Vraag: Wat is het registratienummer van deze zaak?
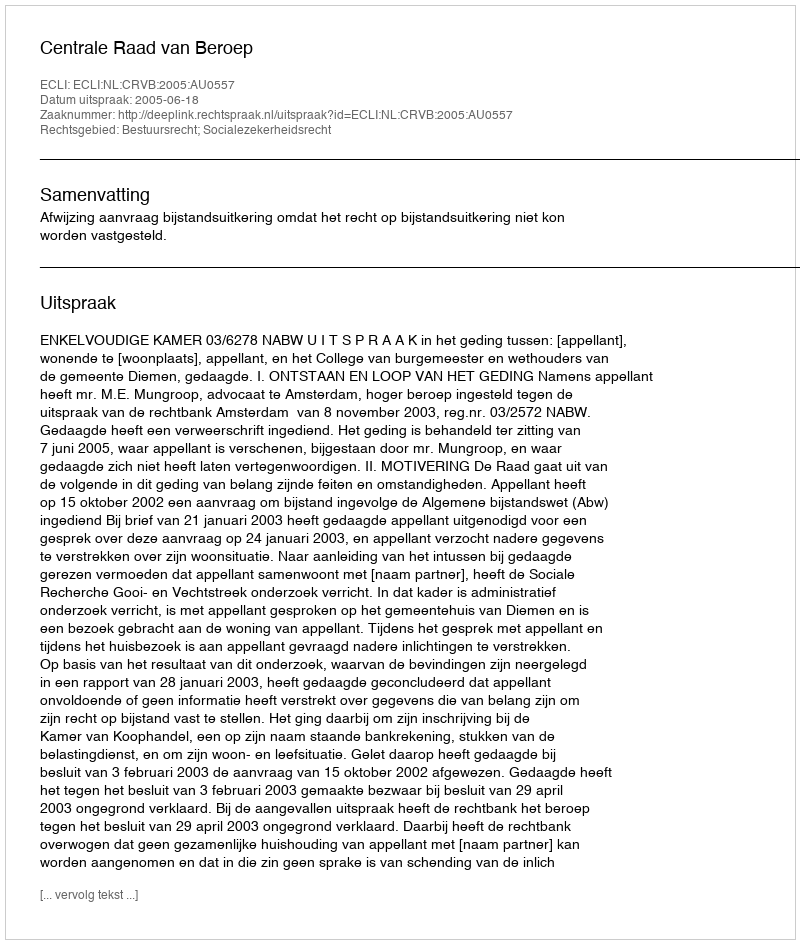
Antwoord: http://deeplink.rechtspraak.nl/uitspraak?id=ECLI:NL:CRVB:2005:AU0557